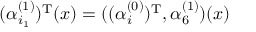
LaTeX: ( \alpha _ { i _ { 1 } } ^ { ( 1 ) } ) ^ { \mathrm { T } } ( x ) = ( ( \alpha _ { i } ^ { ( 0 ) } ) ^ { \mathrm { T } } , \alpha _ { 6 } ^ { ( 1 ) } ) ( x )